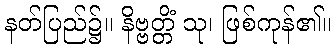
နတ်ပြည်၌။ နိဗ္ဗတ္တိံ သု၊ ဖြစ်ကုန်၏။